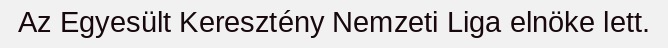
Az Egyesült Keresztény Nemzeti Liga elnöke lett.